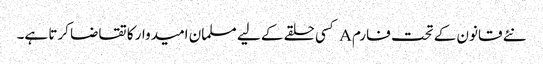
نئے قانون کے تحت فارم A کسی حلقے کے لیے مسلمان امیدوار کا تقاضا کرتا ہے۔